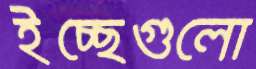
ইচ্ছেগুলো